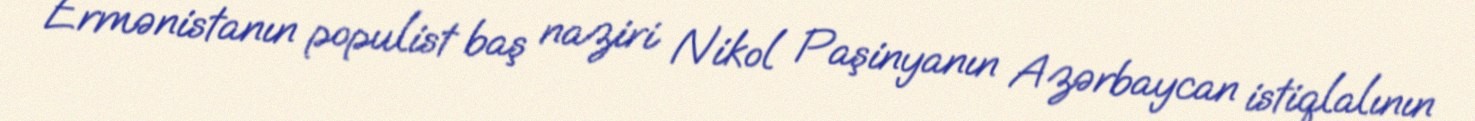
Ermənistanın populist baş naziri Nikol Paşinyanın Azərbaycan istiqlalının